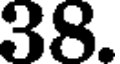
38.